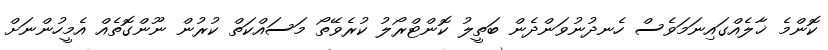
ކޮންމެ ޚާލެއްގައިނަމަވެސް ހެނދުނުވަންދެން ބަތީލު ކޮންޓްރޯލު ކުރެވޭތޯ މަސައްކަތް ކުރުން ނޫންގޮތެއް އެމީހުންނަށް